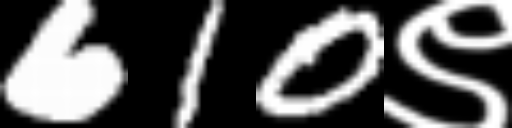
Text: 610९